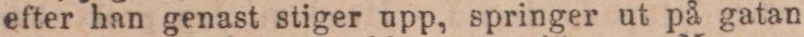
efter han genast stiger upp, springer ut på gatan